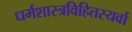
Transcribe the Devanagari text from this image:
धर्मशास्त्रविहितस्यर्वा